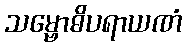
သမ္ဗောဓိပရာယဏံ